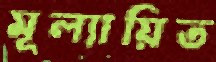
মূল্যায়িত